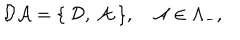
{ \cal D A } = \{ \ { \cal D } , \ { \cal A } \ \} , \quad { \cal A } \in \Lambda _ { - } ,